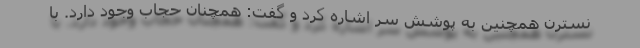
نسترن همچنین به پوشش سر اشاره کرد و گفت: همچنان حجاب وجود دارد. با